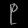
Digit: ၉